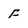
Character: f